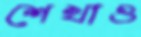
শেখাও